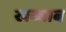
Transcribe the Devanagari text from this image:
खब्बाब